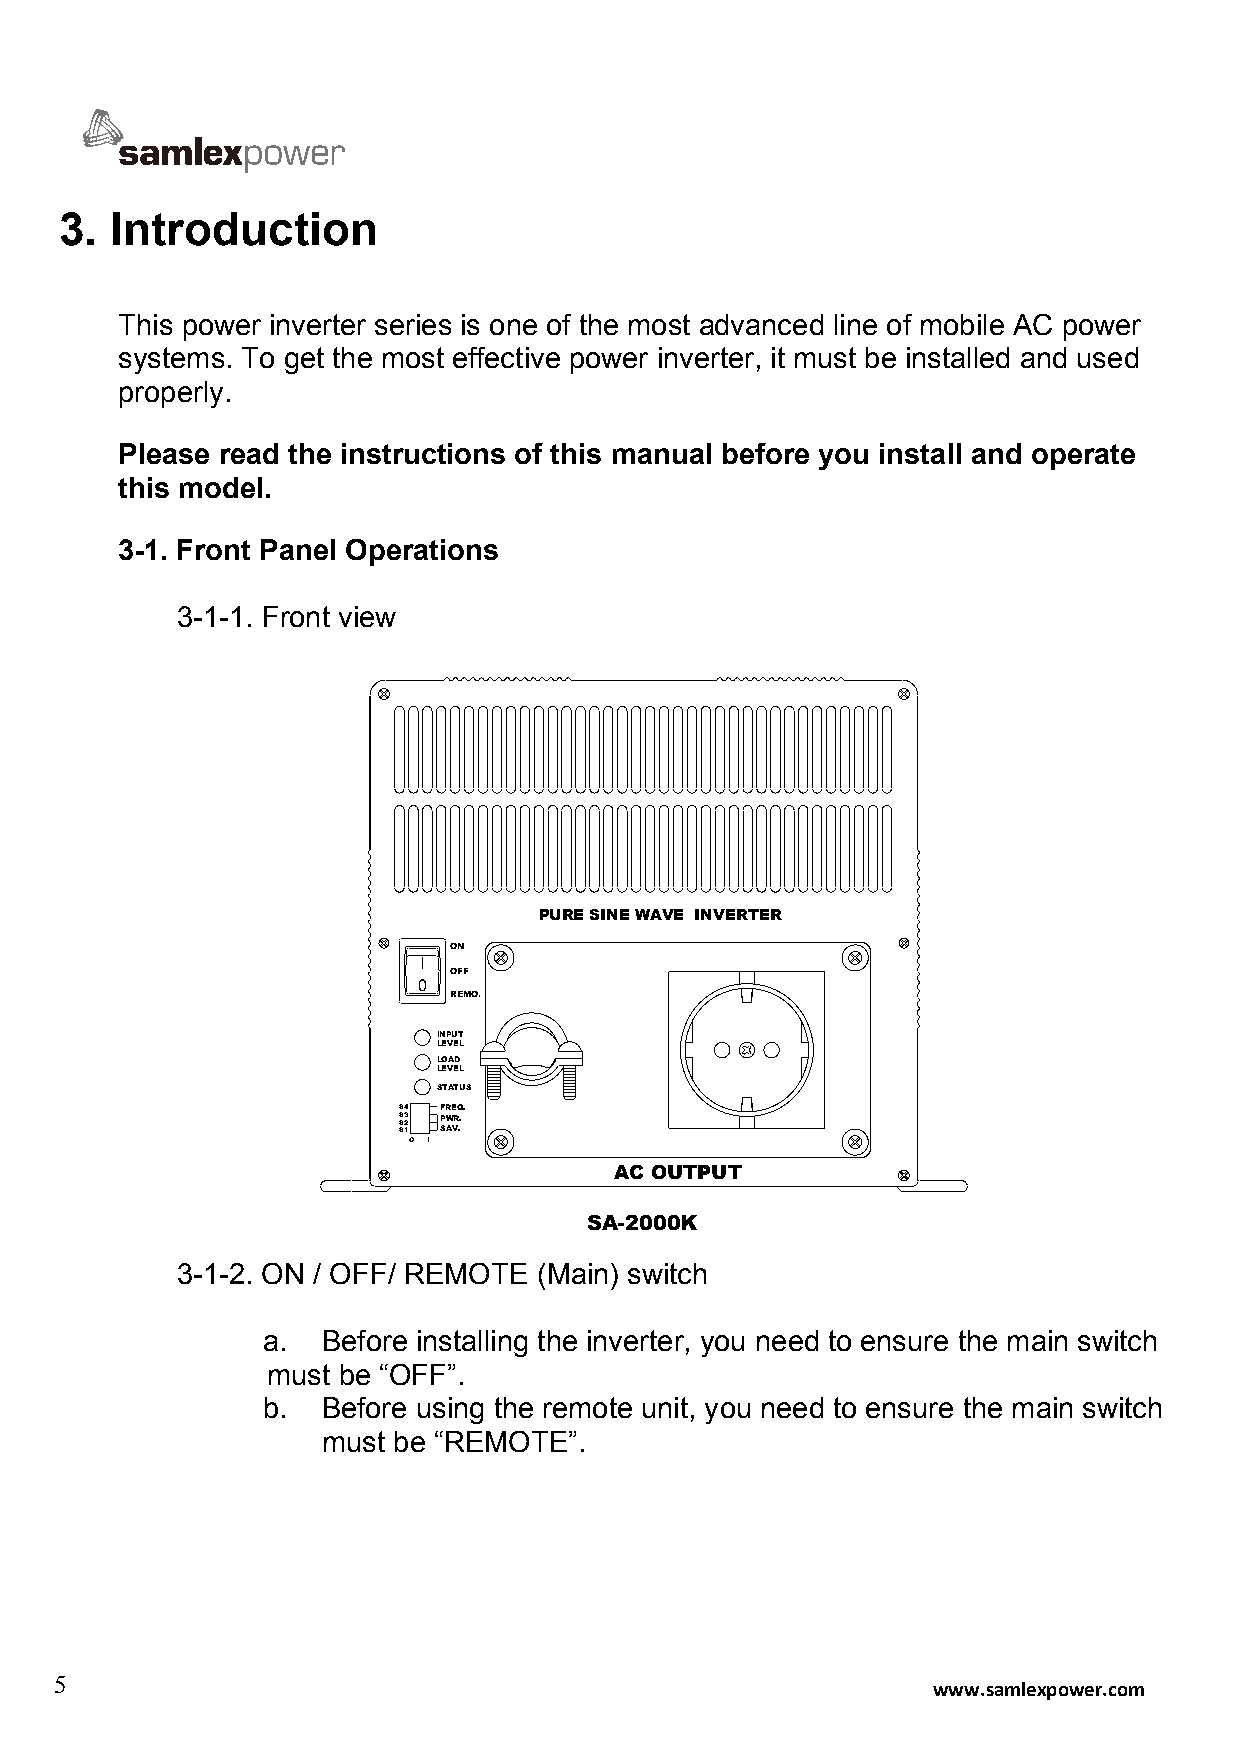
3. Introduction
 This power inverter series is one of the most advanced line of mobile AC power
 systems. To get the most effective power inverter, it must be installed and used
 properly.
 Please read the instructions of this manual before you install and operate
 this model.
 3-1. Front Panel Operations
 3-1-1. Front view
 PURE SINE WAVE INVERTER
 ON
 I
 OFF
 0
 REMO.
 INPUT
 LEVEL
 LOAD
 LEVEL
 STATUS
 S4 FREQ.
 S SS3 12 P SW AVR ..
 O I
 AC OUTPUT
 SA-2000K
 3-1-2. ON / OFF/ REMOTE (Main) switch
 a.  Before installing the inverter, you need to ensure the main switch
 must be “OFF”.
 b.  Before using the remote unit, you need to ensure the main switch
 must be “REMOTE”.
 5                                                         www.samlexpower.com